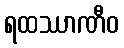
ရထဿာဏီဝ